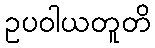
ဥပဝါယတူတိ